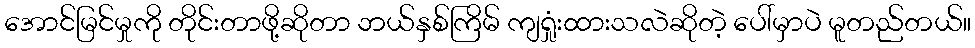
အောင်မြင်မှုကို တိုင်းတာဖို့ဆိုတာ ဘယ်နှစ်ကြိမ် ကျရှုံးထားသလဲဆိုတဲ့ ပေါ်မှာပဲ မူတည်တယ်။